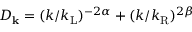
D _ { \bf k } = ( k / k _ { \mathrm { L } } ) ^ { - 2 \alpha } + ( k / k _ { \mathrm { R } } ) ^ { 2 \beta }